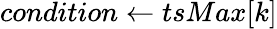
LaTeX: condition\gets tsMax[k]